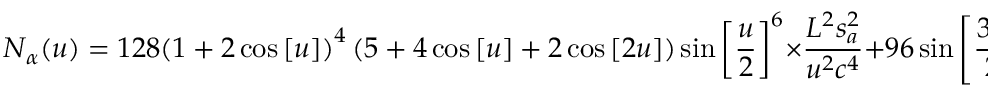
{ N _ { \alpha } } ( u ) = 1 2 8 { \left( { 1 + 2 \cos \left[ u \right] } \right) ^ { 4 } } \left( { 5 + 4 \cos \left[ u \right] + 2 \cos \left[ { 2 u } \right] } \right) \sin { \left[ { \frac { u } { 2 } } \right] ^ { 6 } } \times \frac { { { L ^ { 2 } } s _ { a } ^ { 2 } } } { { { u ^ { 2 } } { c ^ { 4 } } } } + 9 6 \sin { \left[ { \frac { { 3 u } } { 2 } } \right] ^ { 4 } } \times \frac { { { u ^ { 2 } } s _ { x } ^ { 2 } } } { { { L ^ { 2 } } } } ,